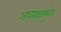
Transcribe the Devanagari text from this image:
अध्यक्षांमुळे